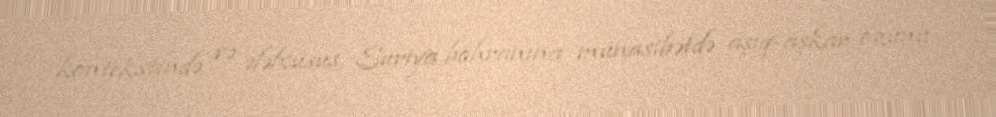
kontekstində və ələlxüsus, Suriya böhranına münasibətdə aşıq-aşkar özünü